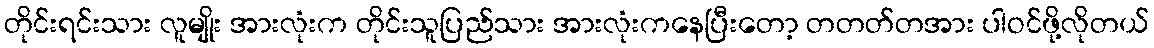
တိုင်းရင်းသား လူမျိုး အားလုံးက တိုင်းသူပြည်သား အားလုံးကနေပြီးတော့ တတတ်တအား ပါဝင်ဖို့လိုတယ်